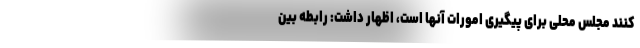
کنند مجلس محلی برای پیگیری امورات آنها است، اظهار داشت: رابطه بین